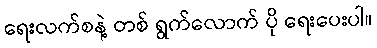
ရေးလက်စနဲ့ တစ် ရွက်လောက် ပို ရေးပေးပါ။